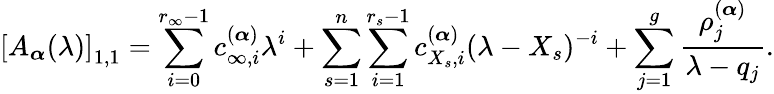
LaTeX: \left[A_{\boldsymbol{\alpha}}(\lambda)\right]_{1,1}=\sum_{i=0}^{r_{\infty}-1}c_{\infty,i}^{(\boldsymbol{\alpha})}\lambda^{i}+\sum_{s=1}^{n}\sum_{i=1}^{r_{s}-1}c_{{X_{s}},i}^{(\boldsymbol{\alpha})}(\lambda-X_{s})^{-i}+\sum_{j=1}^{g}\frac{\rho_{j}^{(\boldsymbol{\alpha})}}{\lambda-q_{j}}.